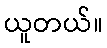
ယူတယ်။